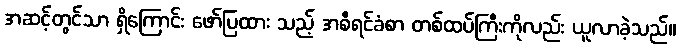
အဆင့်တွင်သာ ရှိကြောင်း ဖော်ပြထား သည့် အစီရင်ခံစာ တစ်ထပ်ကြီးကိုလည်း ယူလာခဲ့သည်။